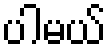
ပါမယ်